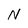
Character: S